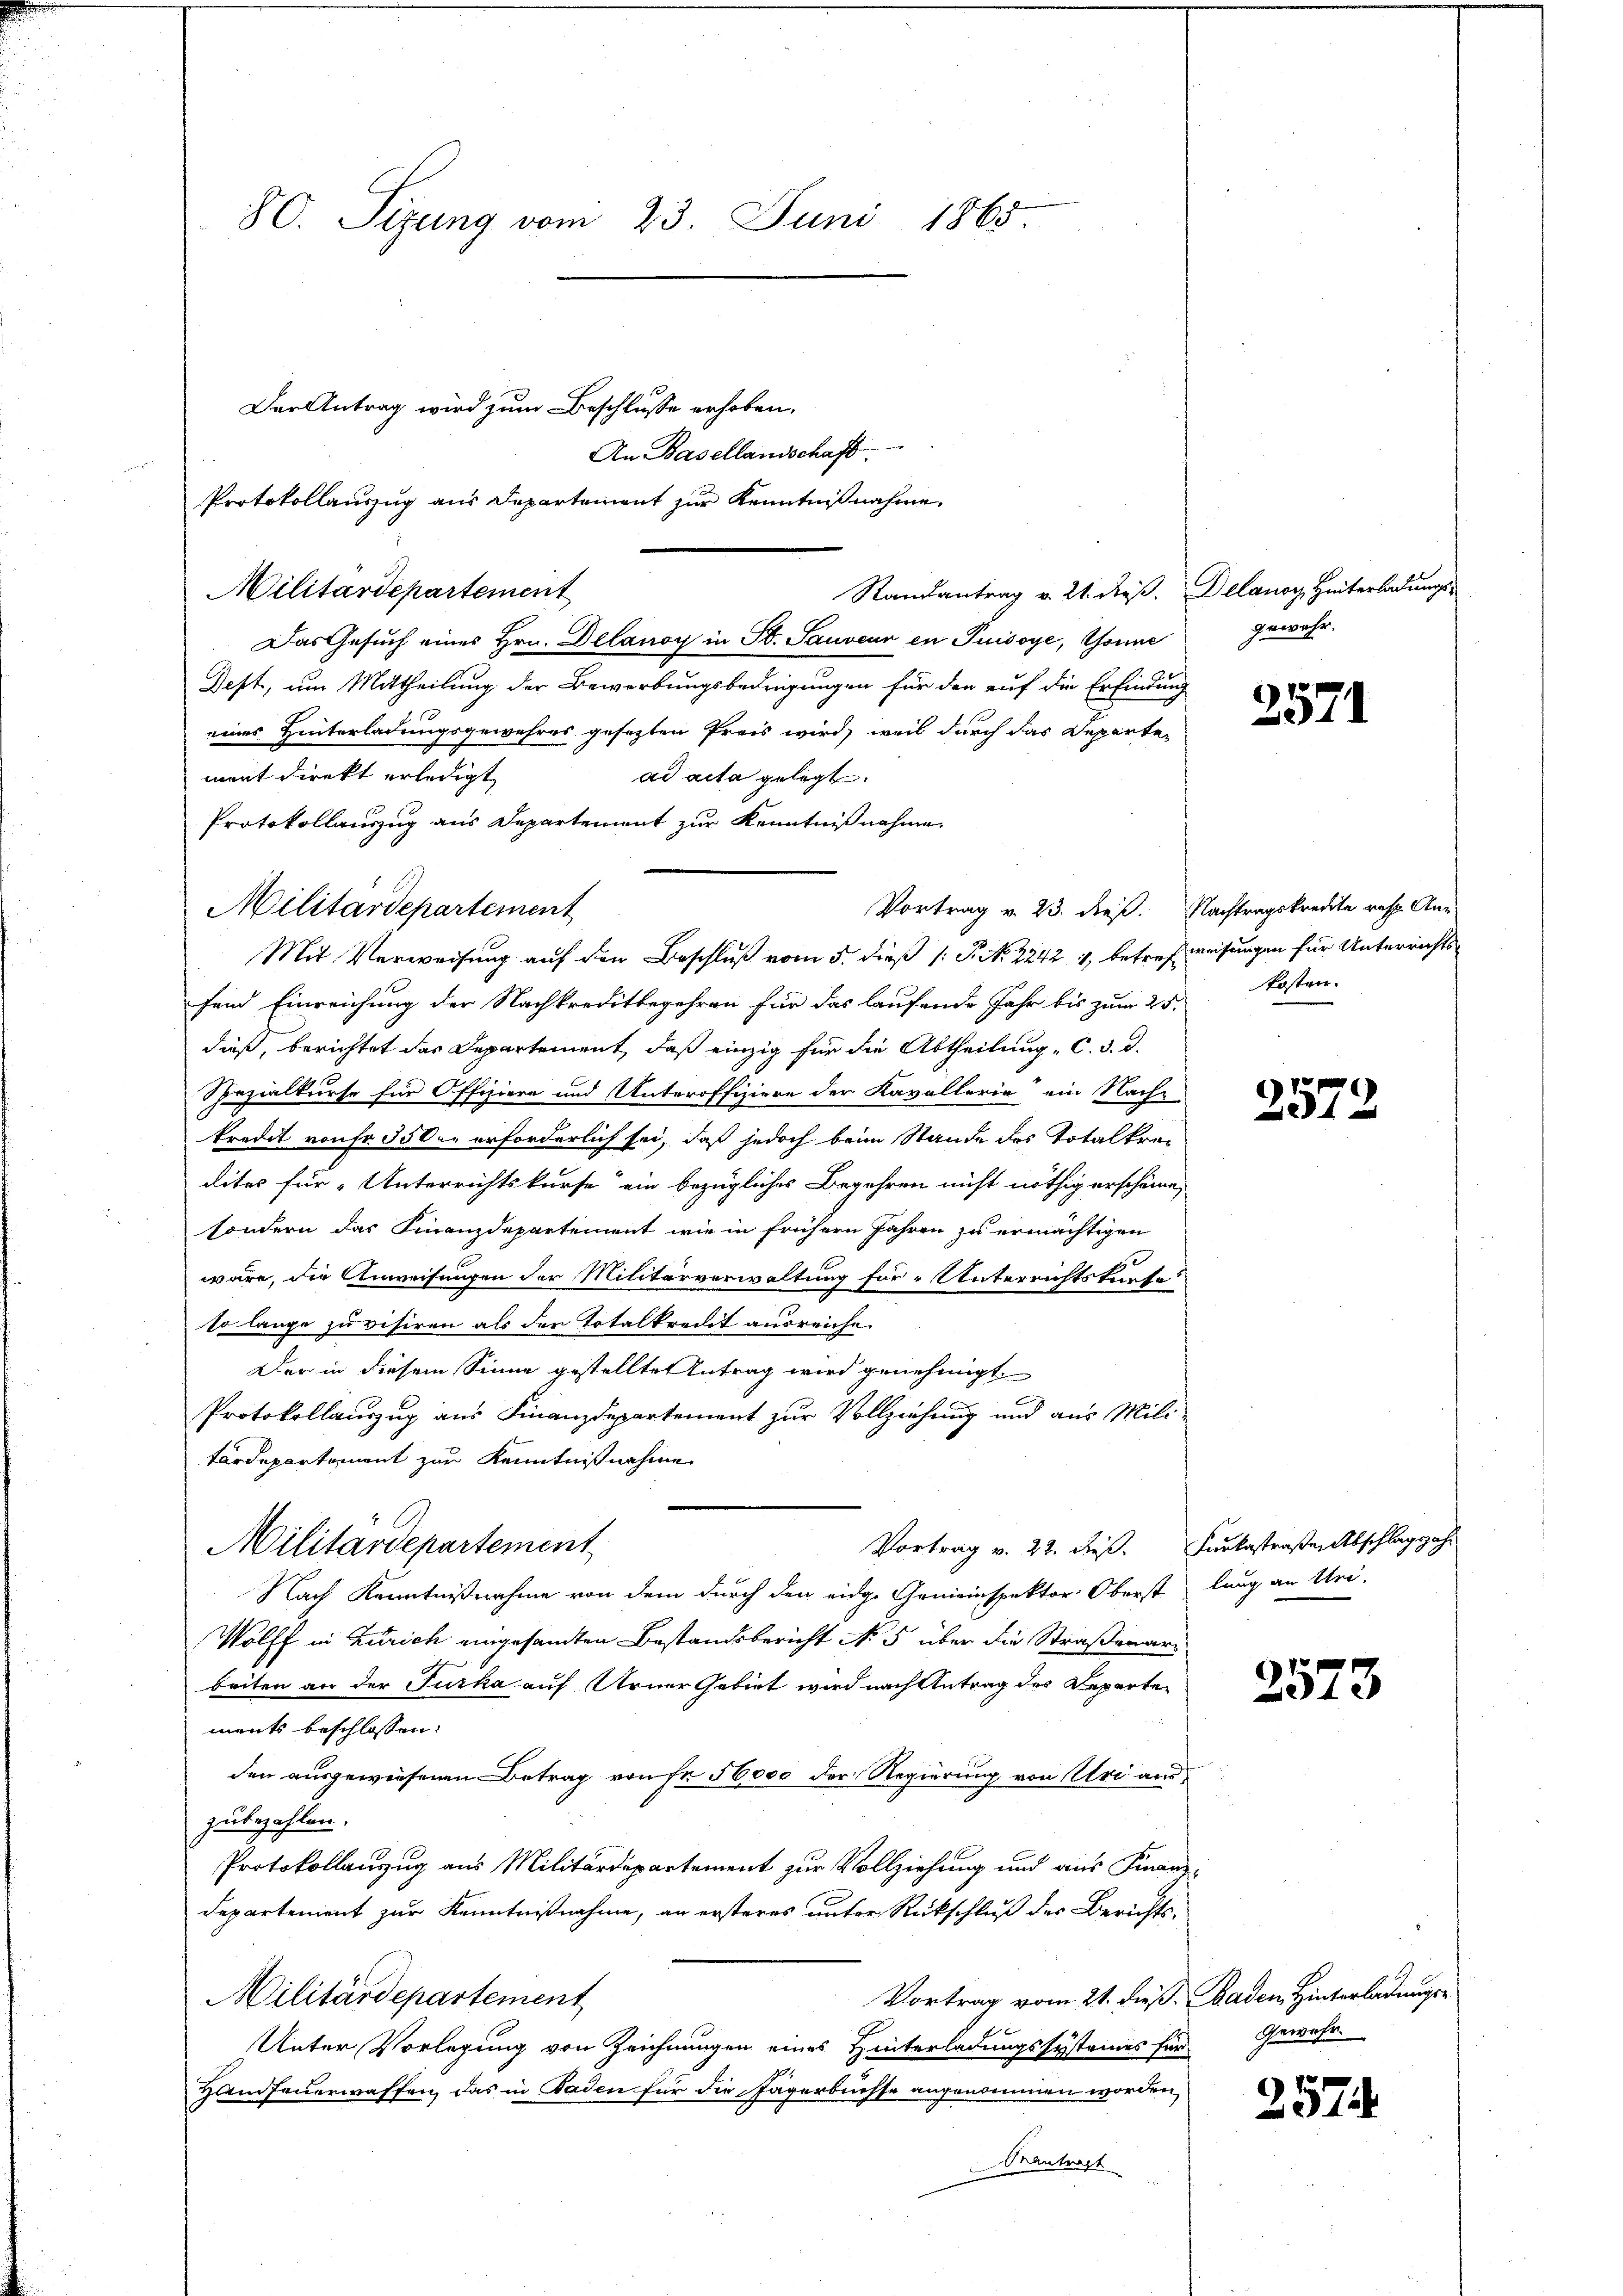
Der Antrag wird zum Beschlusse erhoben.
An Basellandschaft
Protokollauszug aus Departement zur Kenntnißnahme,
Randantrag v. 21. dieß. Delanoy, Hinterladungs-
Militärdepartement
Das Gesuch eines Hrn. Delanoy in St. Sauveur in Puisoye, Tonne
Dest, um Mittheilung der Bewerbungsbedingungen für den auf die Erfindung
eines Hinterladungsgewahres gesetzten Preis wird, weil durch das Departement direkt erledigt
ad acta gelegt.
Protokollauszug aus Departement zur Kenntnißnahme
Vortrag v. 23. dieß. Nachtragskredite resp. An¬
Militärdepartement
Mit Verweisung auf den Beschluß vom 5. dieß (: P. Nr. 2242 4, betref weisungen für Unterrichtsfend Einreichung der Nachkreditbegehren für das laufende Jahr bis zum 25.
dieß, berichtet das Departement, daß einzig für die Abtheilung C. d. d.
Spezialkurse für Offiziere und Unteroffiziere der Kavallerie ein Nach-
kredit von Fr. 350 erforderlich sei, daß jedoch beim Stande des Totalkredites für Unterrichtskurse ein bezügliches Begehren nicht nöthig erscheine,
sondern das Finanzdepartement wie in frühern Jahren zu ermächtigen
wäre, die Anweisungen der Militärverwaltung für Unterrichtstante!
so lange zu visiren als den Totalkredit ausreiche.
Der in diesem Sinne gestellte Antrag wird genehmigt.
Protokollauszug aus Finanzdepartement zur Vollziehung und aus Militärdepartement zur Kenntnißnahme
Vortrag v. 22. dieß. Furkastraßen Abschlagsahr
Militärdepartement
Nach Kenntnißnahme von dem durch den eidge Gemeinspektor Oberst
Wolff in Zürich eingesandten Bestandsbericht No 5 über die Straßenarbeiten an der Furka auf Arner Gebiet wird nach Antrag des Departements beschlossen:
den ausgewiesenen Betrag von fr 56000 der Regierung von Uri auszubezahlen.
Protokollauszug aus Militärdepartement zur Vollziehung und aus Finanz-
departement zur Kenntnißnahme, an ersteres unter Rückschluß der Berichts¬
Vortrag vom 21. dieß. Baden Hinterladungs¬
Militärdepartement
Unter Vorlegung von Zeichnungen eines Hinterladungssystemes für Gewahr
Handfeuerwaffen, das in Baden für die Jägerbresse angenommen worden,
Reantragt

80. Sizung vom 23. Juni 1865.

gewahr.

2571

kosten.

2572

lung an Uri.

)
373

257.